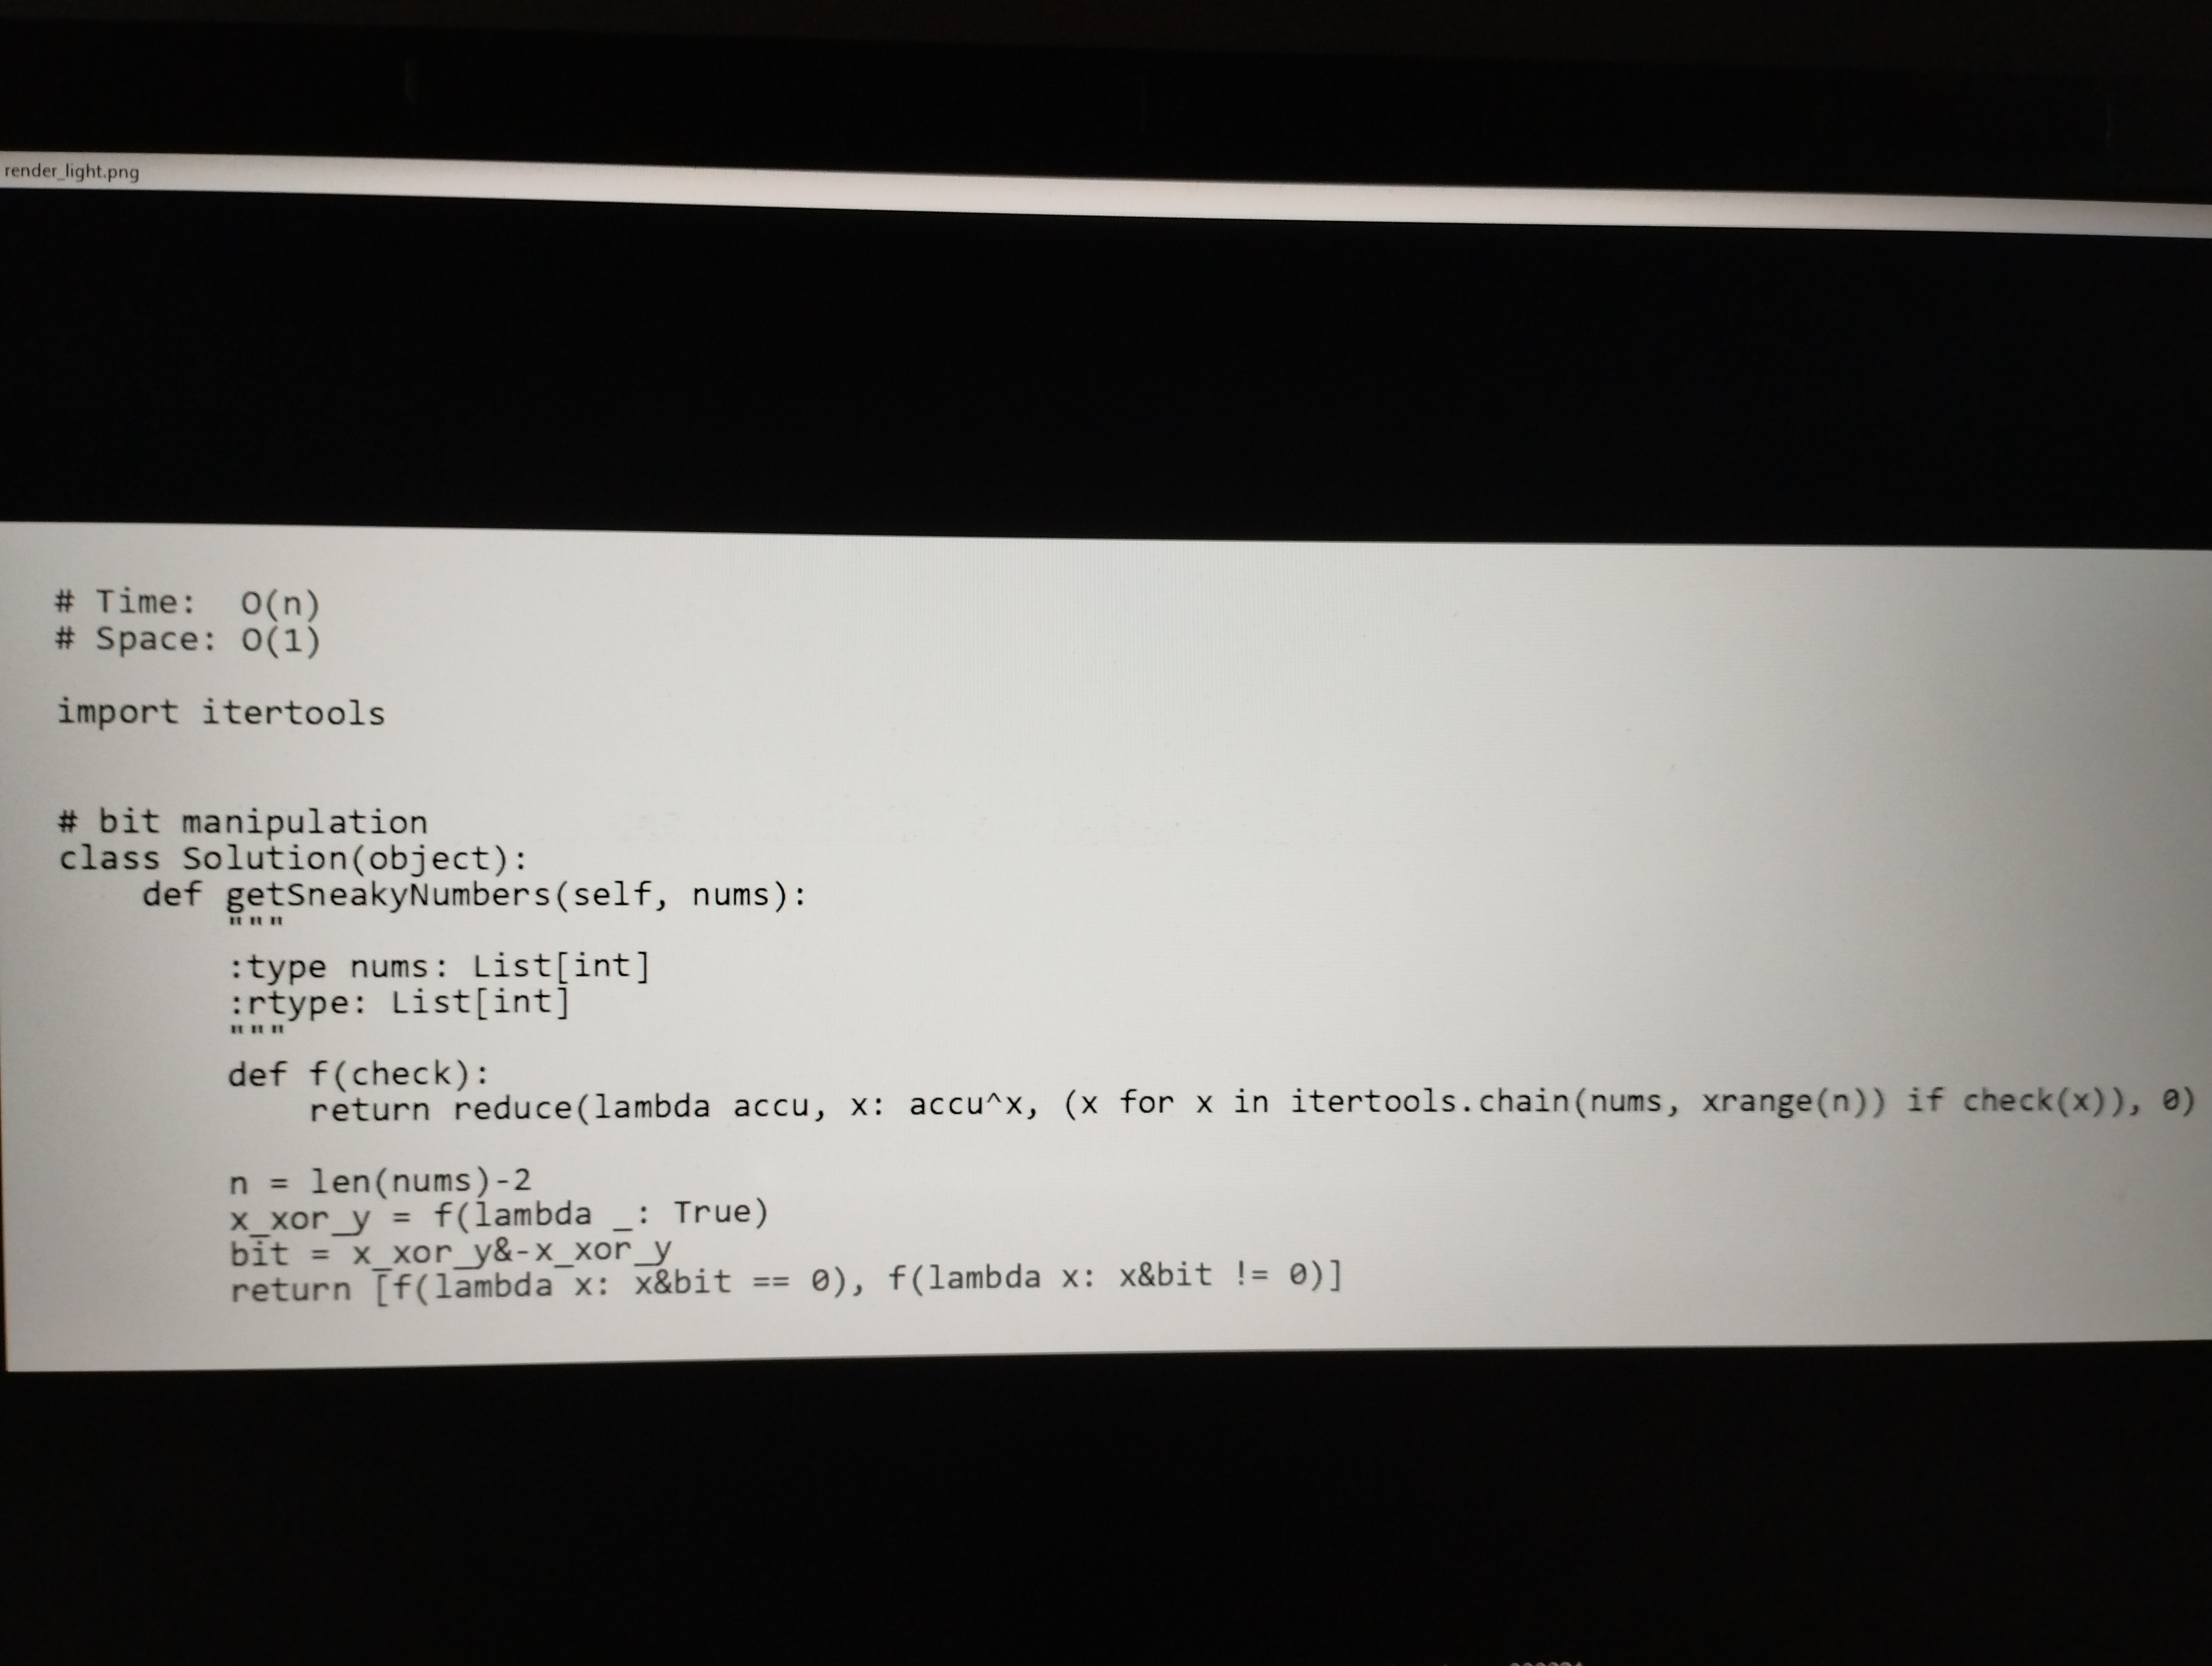
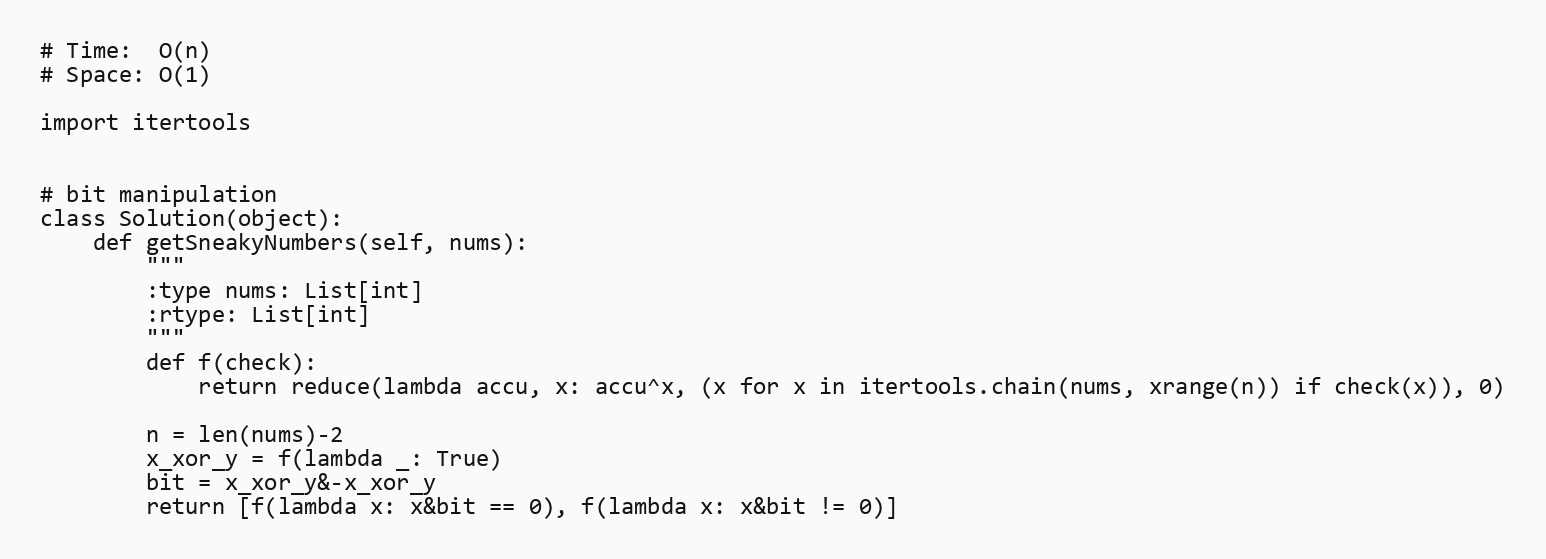
# Time:  O(n)
# Space: O(1)

import itertools

# bit manipulation
class Solution(object):
    def getSneakyNumbers(self, nums):
        """
        :type nums: List[int]
        :rtype: List[int]
        """
        def f(check):
            return reduce(lambda accu, x: accu^x, (x for x in itertools.chain(nums, xrange(n)) if check(x)), 0)

        n = len(nums)-2
        x_xor_y = f(lambda _: True)
        bit = x_xor_y&-x_xor_y
        return [f(lambda x: x&bit == 0), f(lambda x: x&bit != 0)]